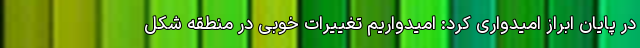
در پایان ابراز امیدواری کرد: امیدواریم تغییرات خوبی در منطقه شکل